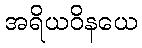
အရိယဝိနယေ